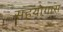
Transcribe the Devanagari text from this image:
सहयोगास